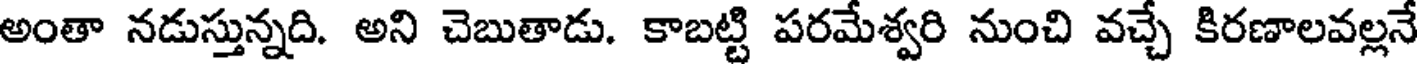
అంతా నడుస్తున్నది. అని చెబుతాడు. కాబట్టి పరమేశ్వరి నుంచి వచ్చే కిరణాలవల్లనే